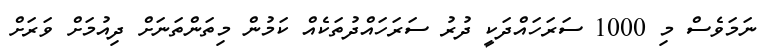
ނަމަވެސް މި 1000 ސަރަހައްދަކީ ދުރު ސަރަހައްދުތަކެއް ކަމުން މިތަންތަނަށް ދިއުމަށް ވަރަށް